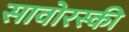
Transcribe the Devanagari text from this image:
सावोरस्की